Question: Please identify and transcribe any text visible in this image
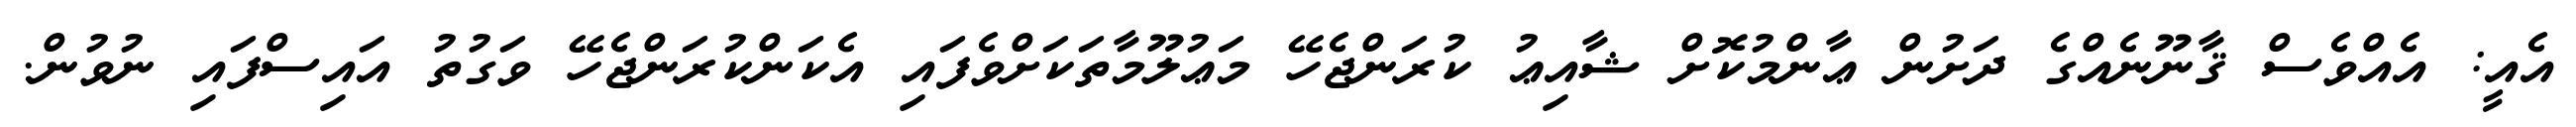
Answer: އެއީ: އެއްވެސް ޤާނޫނެއްގެ ދަށުން ޢާންމުކޮށް ޝާއިޢު ކުރަންޖެހޭ މަޢުލޫމާތަކަށްވެފައި އެކަންކުރަންޖެހޭ ވަގުތު އައިސްފައި ނުވުން.